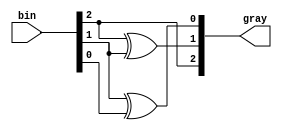
module gray_code_encoder (
    input  [2:0] bin,  // 3-bit binary input
    output [2:0] gray  // 3-bit Gray code output
);

// Gray code encoding logic
assign gray[2] = bin[2];          // MSB remains the same
assign gray[1] = bin[2] ^ bin[1]; // XOR between MSB and next bit
assign gray[0] = bin[1] ^ bin[0]; // XOR between next bit and LSB

endmodule